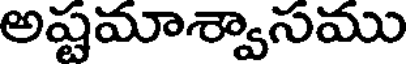
అష్టమాశ్వాసము